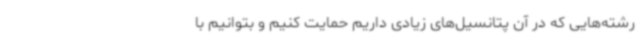
رشته‌هایی که در آن پتانسیل‌های زیادی داریم حمایت کنیم و بتوانیم با